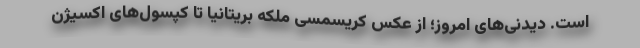
است. دیدنی‌های امروز؛ از عکس کریسمسی ملکه بریتانیا تا کپسول‌های اکسیژن